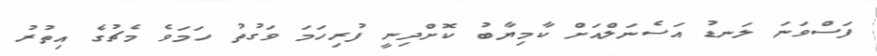
ފަސްވަނަ ލަނޑު އަސެނަލްއަށް ކާމިޔާބު ކޮށްދިނީ ފުރިހަމަ ވަގުތު ހަމަވެ މެޗުގެ އިތުރު